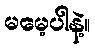
မမေ့ပါနဲ့။